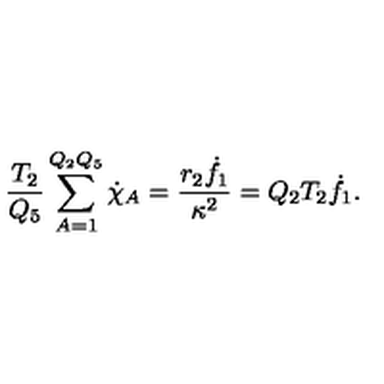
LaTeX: { \frac { T _ { 2 } } { Q _ { 5 } } } \sum _ { A = 1 } ^ { Q _ { 2 } Q _ { 5 } } \dot { \chi } _ { A } = { \frac { r _ { 2 } { \dot { f } _ { 1 } } } { \kappa ^ { 2 } } } = Q _ { 2 } T _ { 2 } \dot { f } _ { 1 } .